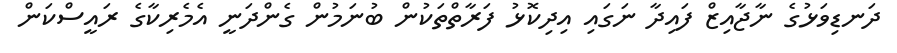
ދަނޑިވަޅުގެ ނާޖާއިޒް ފައިދާ ނަގައި އިދިކޮޅު ފަރާތްތަކުން ބުނަމުން ގެންދަނީ އެމެރިކާގެ ރައީސްކަން